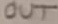
Text: OUT